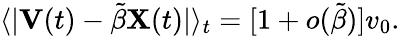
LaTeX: \begin{array}{r}{\langle|\mathbf{V}(t)-\tilde{\beta}\mathbf{X}(t)|\rangle_{t}=[1+o(\tilde{\beta})]v_{0}.}\end{array}